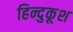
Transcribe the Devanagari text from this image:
हिन्दुकूश